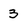
Character: 3